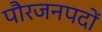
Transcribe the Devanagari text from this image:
पौरजनपदों